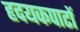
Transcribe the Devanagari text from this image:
हृदयकपाटों